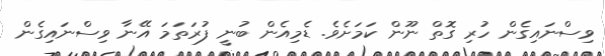
ވިސްނައިގެން ހުރި ގޮތް ނޫން ކަމަށެވެ. ޑެމިއެން ބުނީ ފުރަތަމަ އޭނާ ވިސްނައިގެން